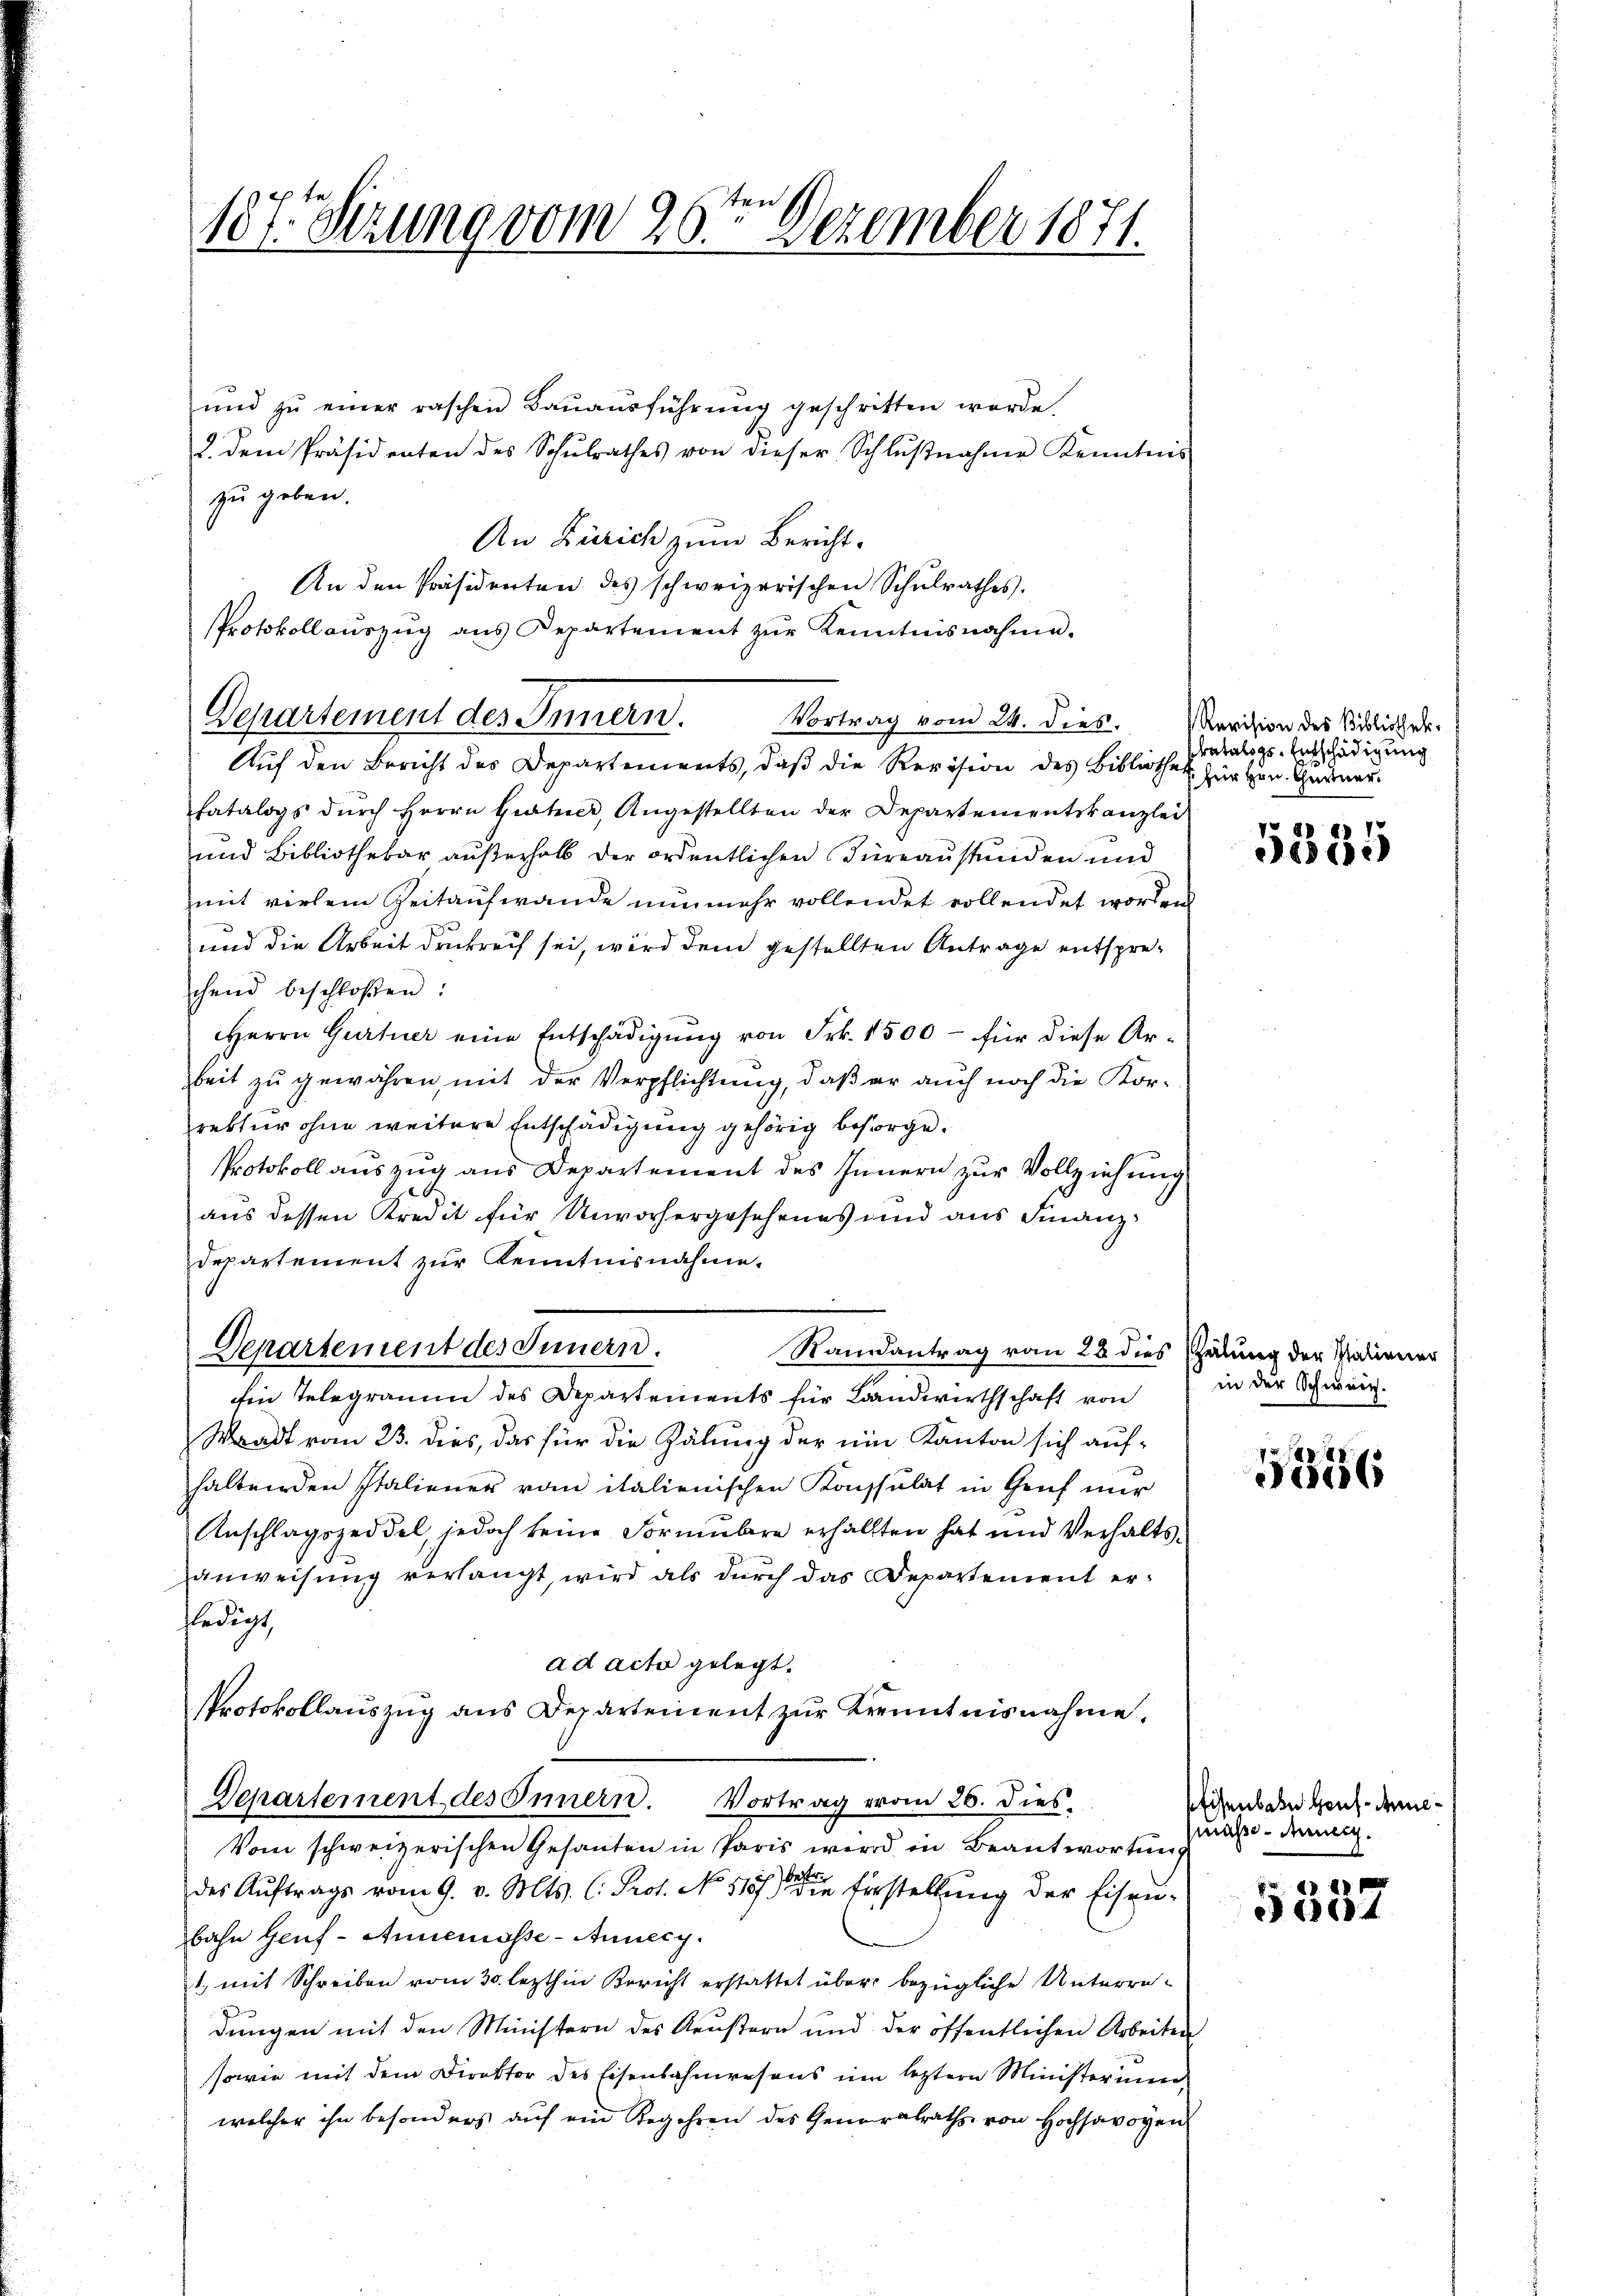
107. Serung vom 26ten Dezember 1871.

ŭnd zŭ einer raschen Baŭaŭsführŭng geschritten werde.
2. dem Präsidenten des Schŭlrathes von dieser Schlŭβnahme Kenntnis
zu geben.
An Zürich zum Bericht.
An den Präsidenten des schweizerischen Schŭlrathes.
Protokoll aŭszŭg ans Departement zŭr Kenntnisnahme.
Vortrag vom 24. dies.
Aŭf den Bericht des Departements, daβ die Revision des Bibliothek für Hrn. Chartner-
fatalogs dŭrch Herrn Gute, Angestellten der Departementskanzlei
und Bibliothekar außerhalb der ordentlichen Türeaustunden und
mit vielem Zeitaufwande nunmehr vollendet vollendet worden
und die Arbeit drückreich sei, wird dem gestellten Antrage entspreschend beschloßen:
Herrn Gurter eine Entschädigung von Frk. 1500 - für diese Arbeit zu gewähren, mit der Verpflichtung, daß er auch noch die Korrektur ohne weitere Entschädigung gehörig besorge¬
Protokoll auszug aus Departement des Innern zur Vollziehung
aus dessen Kredit für Unvorhergesehenes und aus Finanz¬
Departement zur Kenntnisnahme.
Departement des Innern.
Randantrag vom 28 dies Palung der Staliener
Ein Telegramm des Departements für Landwirthschaft von
Waadt vom 23. dies, das für die Zählung der ein Kanton sich aufhaltenden Italiener vom italienischen Konsulat in Genf nur
Anschlagszeddel, jedoch keine Formŭlare erhälften hat und Verhalts-
anweisung verlangt, wird als durch das Departement erledigt,
ad acta gelegt.
Protokollaŭszŭg ans Departement zŭr Krenntnisnahme.
Departement des Innern. Vortrag vom 26. dies
Vom schweizerischen Gesanten in Paris wird in Beantwortung
des Auftrags vom 9. v. Mts. C. Prot. No 118 die Erstellung der Eisenbahn Genf - Annemosse - Anneig
1, mit Schreiben vom 30. lezthin Bericht erstattet über bezügliche Unterredungen mit den Ministern des Keustern und der öffentlichen Arbeiten
sowie mit dem Direktor des Eisenbahnwesens um leztern Ministerium
welcher ihn besonders auf ein Begehren des Generalraths von Hochsavoyen

Departement des Innern.

Revision des Bibliothek.
Pratalogs-Entschädigung

4
5ce

in der Schweiz.

5356

Eisenbahn Hous-Annemaße dennig.

5337